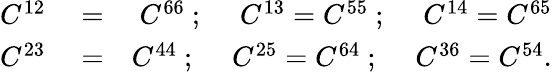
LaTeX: \begin{array}{rlr}{C^{12}}&{{}=}&{C^{66}\ ;\ \quad C^{13}=C^{55}\ ;\ \quad C^{14}=C^{65}}\\ {C^{23}}&{{}=}&{C^{44}\ ;\ \quad C^{25}=C^{64}\ ;\ \quad C^{36}=C^{54}.}\end{array}